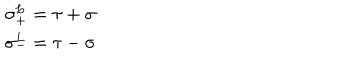
LaTeX: \begin{array} { l l } { { \sigma _ { + } ^ { L } = \tau + \sigma } } \\ { { \sigma _ { - } ^ { L } = \tau - \sigma } } \\ \end{array}